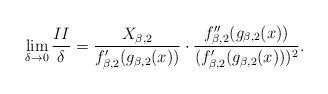
LaTeX: \begin{align*} \lim_{\delta \to 0} \frac{II}{\delta} = \frac{X_{\beta,2}}{ f_{\beta,2}'(g_{\beta,2}(x)) } \cdot \frac{ f_{\beta,2}''(g_{\beta,2}(x)) }{ (f_{\beta,2}' ( g_{\beta,2}(x) ) )^2 }. \end{align*}